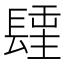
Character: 𨲢